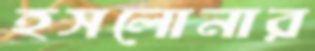
হসলোনার